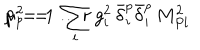
LaTeX: \mu _ { p } ^ { 2 } \ = \ \sum _ { i } \, g _ { i } ^ { 2 } \, \bar { \delta } _ { i } ^ { p } \bar { \delta } _ { i } ^ { p } \, M _ { P l } ^ { 2 } \hspace { 2 c m } p \, = \, 1 \ldots r